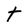
Character: t